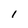
Character: I